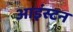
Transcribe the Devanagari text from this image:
आइंस्टन